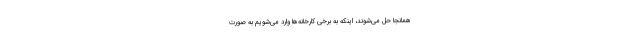
همانجا حل می‌شوند، اینکه به برخی کارخانه‌ها وارد می‌شویم به صورت